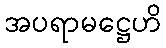
အပရာမဋ္ဌေဟိ